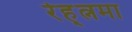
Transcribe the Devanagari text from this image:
रेह्त्नमा